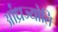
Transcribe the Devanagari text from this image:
आंध्रज्योति